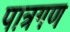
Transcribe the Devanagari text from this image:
पात्रगण